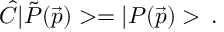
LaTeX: \hat { C } | \tilde { P } ( \vec { p } ) > = | P ( \vec { p } ) > \, .